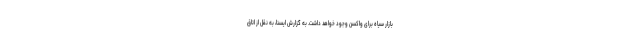
بازار سیاه برای واکسن وجود خواهد داشت. به گزارش ایسنا، به نقل از اتاق